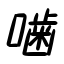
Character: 噛